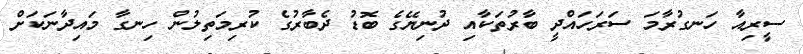
ސީރިއާ ހަނގުރާމަ ސަރަހައްދީ ބާރުތަކާއި ދުނިޔޭގެ ބޮޑު ދެބާރުގެ ކުރިމަތިލުން ހިނގާ މައިދާނަކަށް